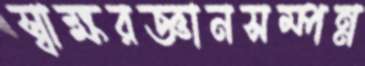
স্বাক্ষরজ্ঞানসম্পন্ন